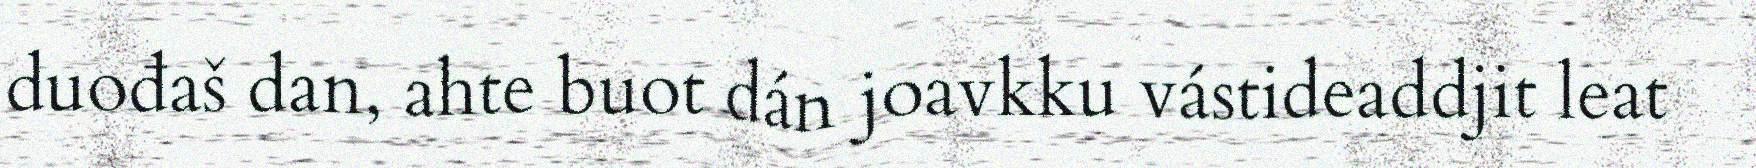
duođaš dan, ahte buot dán joavkku vástideaddjit leat